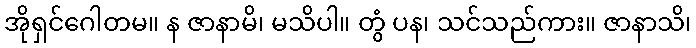
အိုရှင်ဂေါတမ။ န ဇာနာမိ၊ မသိပါ။ တွံ ပန၊ သင်သည်ကား။ ဇာနာသိ၊